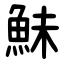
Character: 鮇